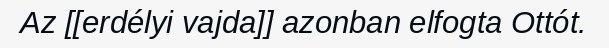
Az [[erdélyi vajda]] azonban elfogta Ottót.